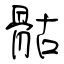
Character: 骷